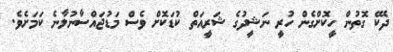
ދެކޭ ގޮތުން ހީކޮށްގެން ހުރީ ނަޝީދުގެ ޝަރީއަތް ކުޑަކޮށް ވެސް މަޑުޖައްސާނުލާނެ ކަމަށެވެ.